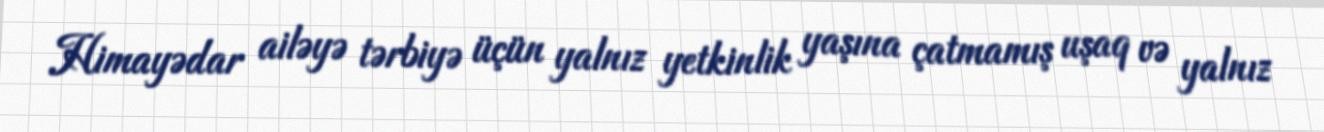
Himayədar ailəyə tərbiyə üçün yalnız yetkinlik yaşına çatmamış uşaq və yalnız